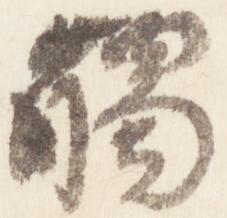
触